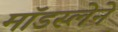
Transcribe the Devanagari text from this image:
मॉडस्लेने